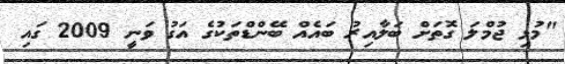
"މުޅި ޖުމްލަ ގޮތަށް ބަލާއިރު ބައެއް ބޭންޑްތަކުގެ އަގު ވަނީ 2009 ގައި